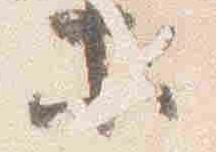
等